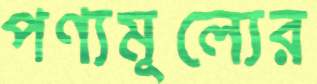
পণ্যমূল্যের